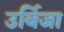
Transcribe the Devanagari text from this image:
उर्बिजा